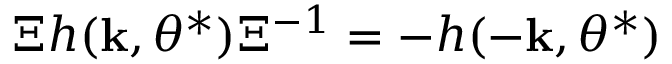
\Xi h ( { \bf k } , \theta ^ { * } ) \Xi ^ { - 1 } = - h ( - { \bf k } , \theta ^ { * } )